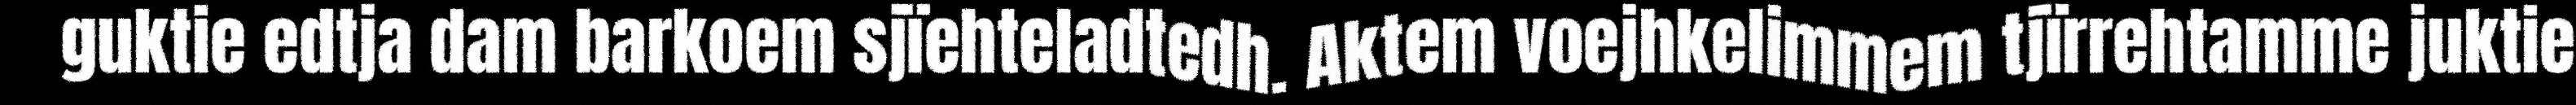
guktie edtja dam barkoem sjïehteladtedh. Aktem voejhkelimmem tjïrrehtamme juktie